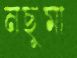
নছুমা